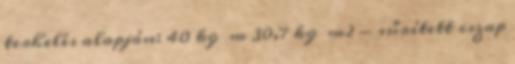
terhelés alapján: 40 kg m 30,7 kg m2 - sűrített iszap